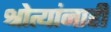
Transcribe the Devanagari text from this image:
श्रोत्यांनाही